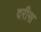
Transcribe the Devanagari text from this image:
दरीस